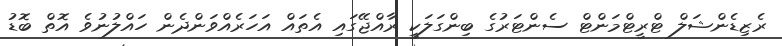
ރެޒިޑެންޝަލް ޓްރީޓްމަންޓް ސެންޓަރުގެ ބިންގަލަކީ ރާއްޖޭގައި އެތައް އަހަރެއްވަންދެން ހައްލުނުވެ އޮތް ބޮޑު